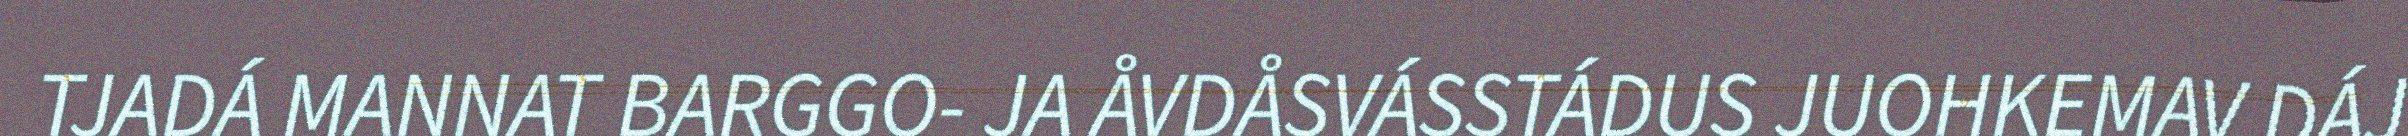
TJADÁ MANNAT BARGGO- JA ÅVDÅSVÁSSTÁDUS JUOHKEMAV DÁJ